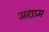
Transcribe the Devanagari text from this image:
अद्याम